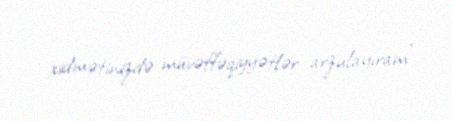
xidmətinizdə müvəffəqiyyətlər arzulayıram”.